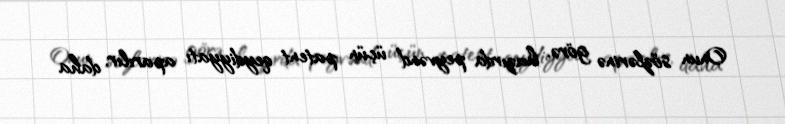
Onun sözlərinə görə, hazırda peyvənd üçün patent qeydiyyatı aparılır, daha